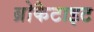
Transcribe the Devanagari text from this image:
ब्रोकैटाइट